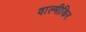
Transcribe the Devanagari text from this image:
वाल्मीकिर